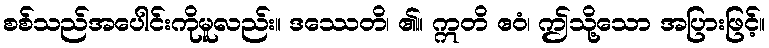
စစ်သည်အပေါင်းကိုမူလည်း။ ဒဿေတိ၊ ၏။ ဣတိ ဧဝံ၊ ဤသို့သော အပြားဖြင့်။